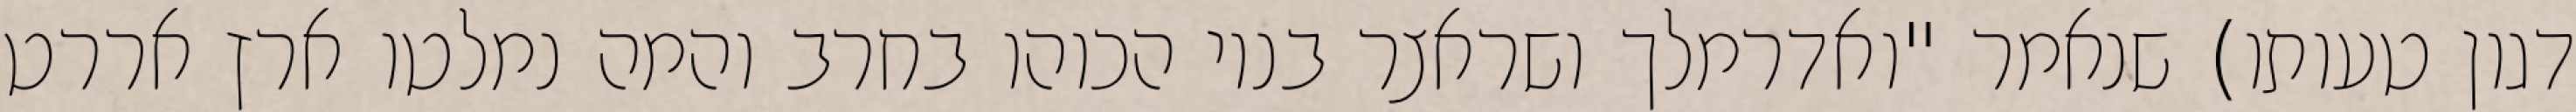
דגון טעותו) שנאמר "ואדרמלך ושראצר בניו הכוהו בחרב והמה נמלטו ארץ אררט